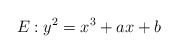
\begin{align*} E : y^{2} = x^{3} + ax + b\end{align*}